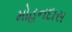
મોહનદાસ